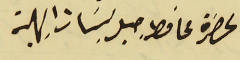
لحضرة محافط جبل لبنان البهية